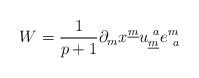
LaTeX: \begin{align*}W={1\over{p+1}}\partial_{m} x^{\underline m}u^{~a}_{\underline m}e_{~a}^{m}\end{align*}